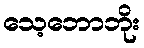
သေ့ဘောဘိုး